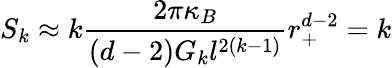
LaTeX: S_{k}\approx k\frac{2\pi\kappa_{B}}{(d-2)G_{k}l^{2(k-1)}}r_{+}^{d-2}=k